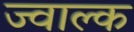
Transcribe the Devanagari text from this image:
ज्वाल्क